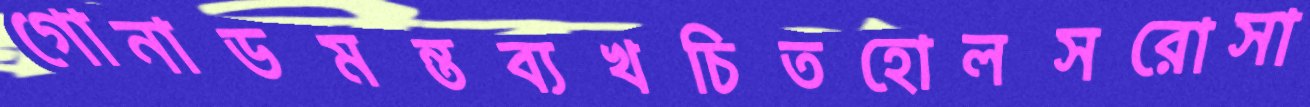
গোনাডমন্তব্যখচিতহোলসরোসা